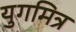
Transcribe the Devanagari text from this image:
युगमित्र